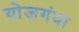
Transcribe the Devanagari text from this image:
योजगंधा